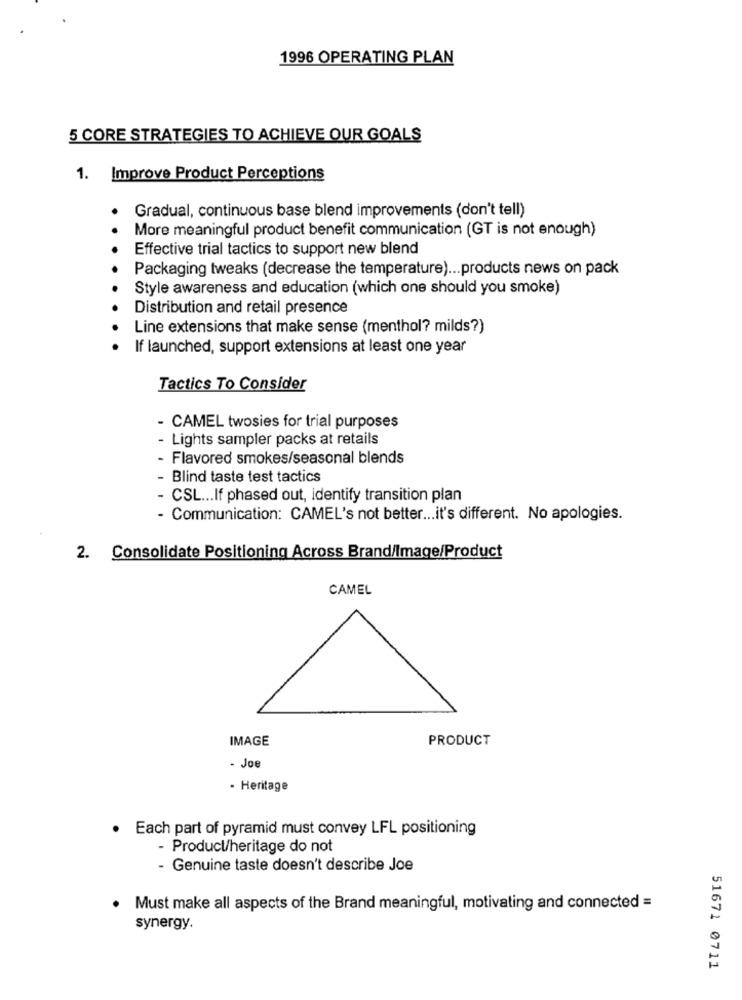
1996 OPERATING PLAN
5 CORE STRATEGIES TO ACHIEVE OUR GOALS
1. Improve Product Perceptions
Gradual, continuous base blend improvements (don't tell)
More meaningful product benefit communication (GT is not enough)
Effective trial tactics to support new blend
Packaging tweaks (decrease the temperature) ... products news on pack
Style awareness and education (which one should you smoke)
Distribution and retail presence
Line extensions that make sense (menthol? milds?)
If launched, support extensions at least one year
Tactics To Consider
- CAMEL twosies for trial purposes
- Lights sampler packs at retails
- Flavored smokes/seasonal blends
- Blind taste test tactics
- CSL ... If phased out, identify transition plan
- Communication: CAMEL's not better ... it's different. No apologies.
2. Consolidate Positioning Across Brand/Image/Product
CAMEL
IMAGE
PRODUCT
- Joe
- Heritage
. Each part of pyramid must convey LFL positioning
- Product/heritage do not
- Genuine taste doesn't describe Joe
. Must make all aspects of the Brand meaningful, motivating and connected =
synergy.
51671 0711